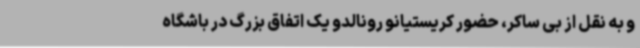
و به نقل از بی ساکر، حضور کریستیانو رونالدو یک اتفاق بزرگ در باشگاه